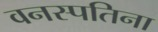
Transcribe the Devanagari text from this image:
वनस्पतिना